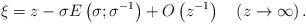
LaTeX: \begin{align*}\xi=z-\sigma E\left( {\sigma;\sigma^{-1}}\right) +{O}\left({z^{-1}}\right) \quad\left( {z\rightarrow\infty}\right) . \end{align*}